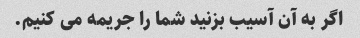
اگر به آن آسیب بزنید شما را جریمه می کنیم.